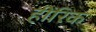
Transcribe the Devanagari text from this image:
हींरिक